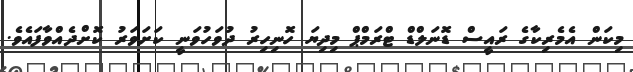
މިކަން އެމެރިކާގެ ރައީސް ޑޮނަލްޑް ޓްރަމްޕް މިދިޔަ ހޮނިހިރު ދުވަހުވަނީ ކަށަވަރު ކޮށްދެއްވާފައެވެ.